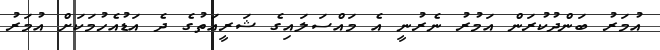
އުމަރު ބަންދުކުރަން އަމުރު ނެރުނީ އެ މައްސަލައިގެ ޝަރީއަތުގެ ދެ އަޑުއެހުމަކަށް އުމަރު